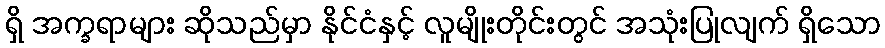
ရှိ အက္ခရာများ ဆိုသည်မှာ နိုင်ငံနှင့် လူမျိုးတိုင်းတွင် အသုံးပြုလျက် ရှိသော